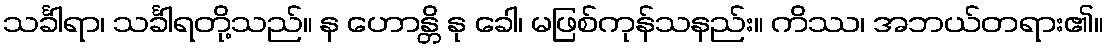
သင်္ခါရာ၊ သင်္ခါရတို့သည်။ န ဟောန္တိ နု ခေါ၊ မဖြစ်ကုန်သနည်း။ ကိဿ၊ အဘယ်တရား၏။